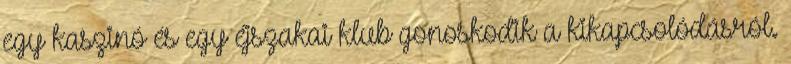
egy kaszinó és egy éjszakai klub gonoskodik a kikapcsolódásról.